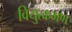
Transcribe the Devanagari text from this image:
वियुत्क्रमण